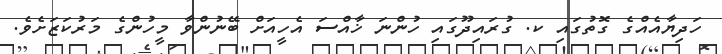
ހަދިޔާއެއްގެ ގޮތުގައި ކ. ގުރައިދޫގައި ހުންނަ ޚާއްސަ އެހީއަށް ބޭނުންވާ މީހުންގެ މަރުކަޒަށެވެ.